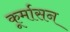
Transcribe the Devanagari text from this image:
कूर्मासन